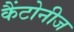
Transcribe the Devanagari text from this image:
कैंटोनीज